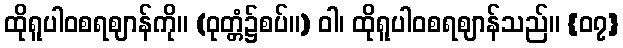
ထိုရူပါဝစရဈာန်ကို။ (ဝုတ္တံ၌စပ်။) ဝါ၊ ထိုရူပါဝစရဈာန်သည်။ {၀၇}